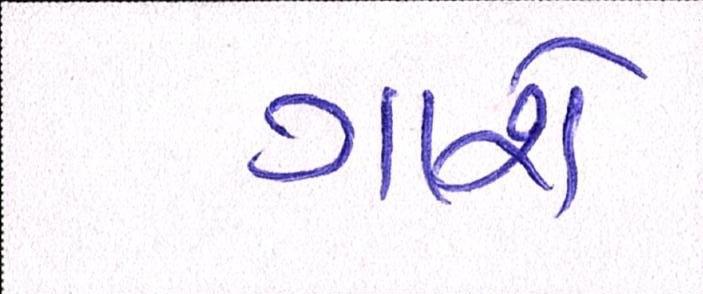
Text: ગાશે